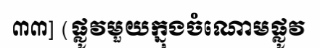
៣៣] (ផ្លូវមួយក្នុងចំណោមផ្លូវ